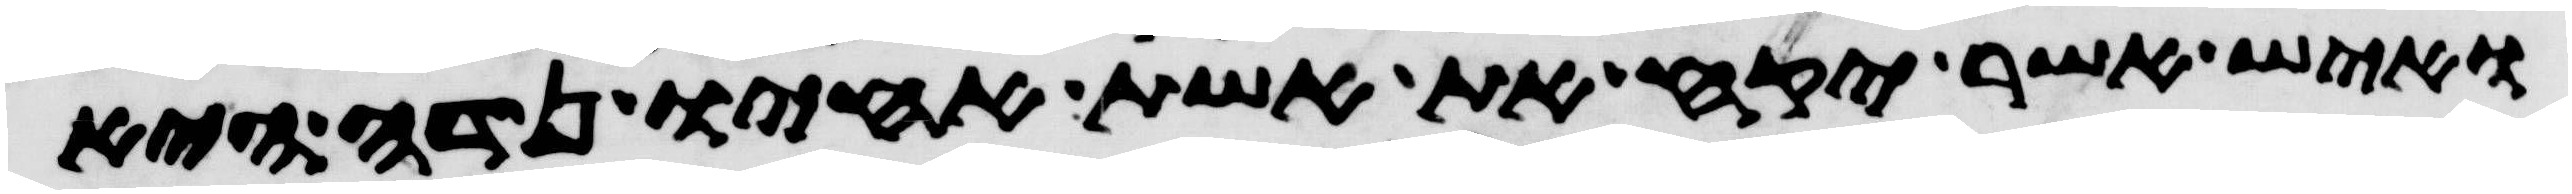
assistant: ואיש אשר יקח את אשת אחיו נדה היא